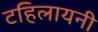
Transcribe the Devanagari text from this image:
टहिलायनी